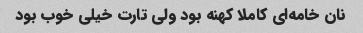
نان خامه‌ای کاملا کهنه بود ولی تارت خیلی خوب بود